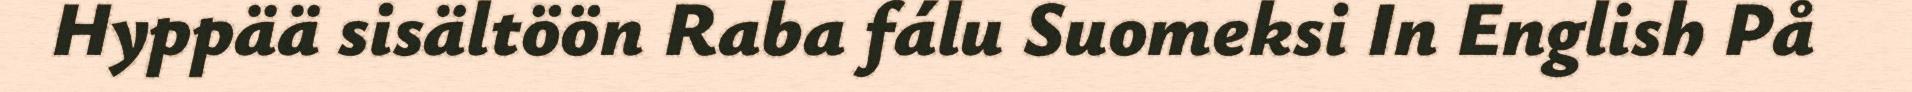
Hyppää sisältöön Raba fálu Suomeksi In English På